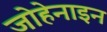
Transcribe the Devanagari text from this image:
जोहेनाइन